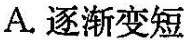
A.逐渐变短